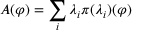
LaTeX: A ( \varphi ) = \sum _ { i } \lambda _ { i } \pi ( { \lambda _ { i } } ) ( \varphi )